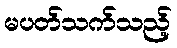
မပတ်သက်သည့်